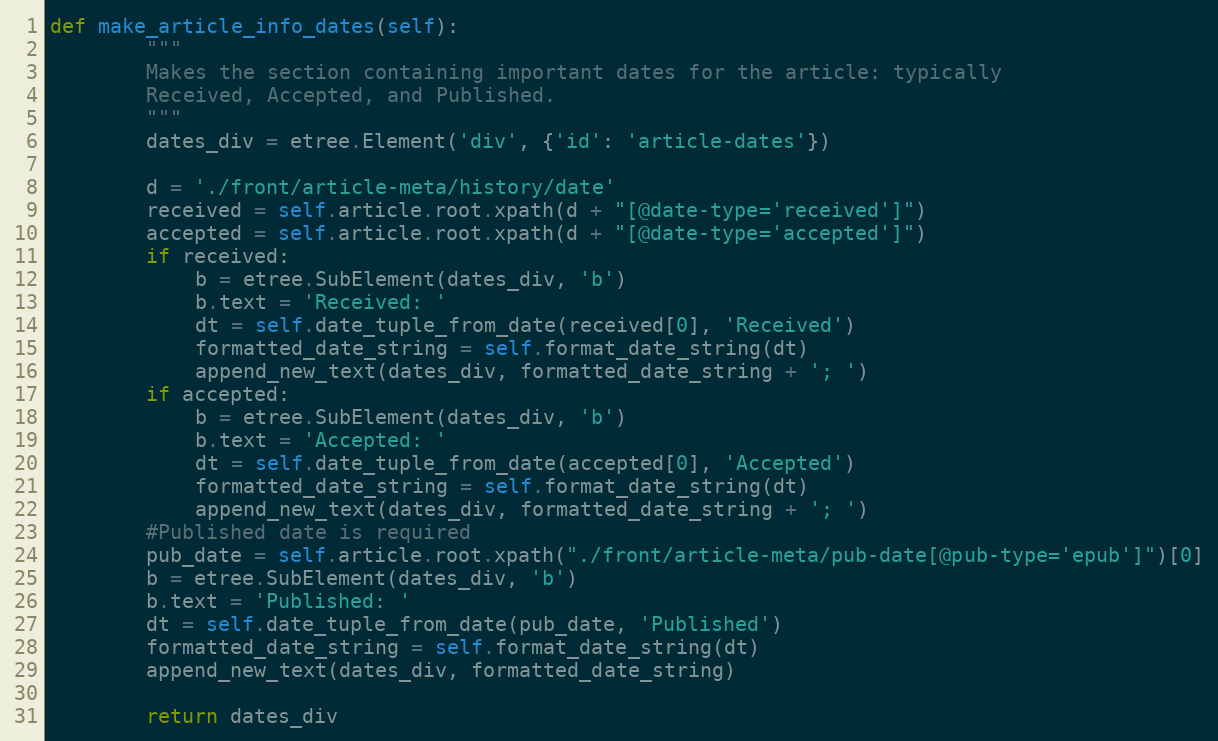
Language: Python
def make_article_info_dates(self):
        """
        Makes the section containing important dates for the article: typically
        Received, Accepted, and Published.
        """
        dates_div = etree.Element('div', {'id': 'article-dates'})

        d = './front/article-meta/history/date'
        received = self.article.root.xpath(d + "[@date-type='received']")
        accepted = self.article.root.xpath(d + "[@date-type='accepted']")
        if received:
            b = etree.SubElement(dates_div, 'b')
            b.text = 'Received: '
            dt = self.date_tuple_from_date(received[0], 'Received')
            formatted_date_string = self.format_date_string(dt)
            append_new_text(dates_div, formatted_date_string + '; ')
        if accepted:
            b = etree.SubElement(dates_div, 'b')
            b.text = 'Accepted: '
            dt = self.date_tuple_from_date(accepted[0], 'Accepted')
            formatted_date_string = self.format_date_string(dt)
            append_new_text(dates_div, formatted_date_string + '; ')
        #Published date is required
        pub_date = self.article.root.xpath("./front/article-meta/pub-date[@pub-type='epub']")[0]
        b = etree.SubElement(dates_div, 'b')
        b.text = 'Published: '
        dt = self.date_tuple_from_date(pub_date, 'Published')
        formatted_date_string = self.format_date_string(dt)
        append_new_text(dates_div, formatted_date_string)

        return dates_div